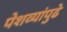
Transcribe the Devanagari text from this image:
पेशव्यांपुढे